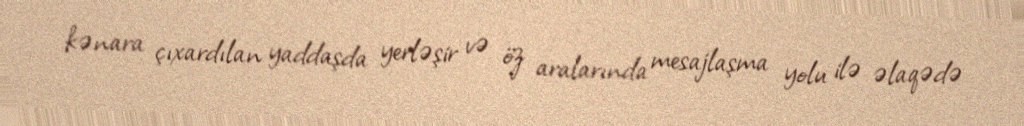
kənara çıxardılan yaddaşda yerləşir və öz aralarında mesajlaşma yolu ilə əlaqədə